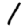
Digit: 1